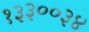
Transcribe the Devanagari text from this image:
१३३००३४